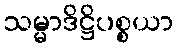
သမ္မာဒိဋ္ဌိပစ္စယာ